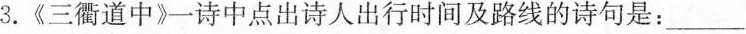
3.《三衢道中》一诗中点出诗人出行时间及路线的诗句是：____